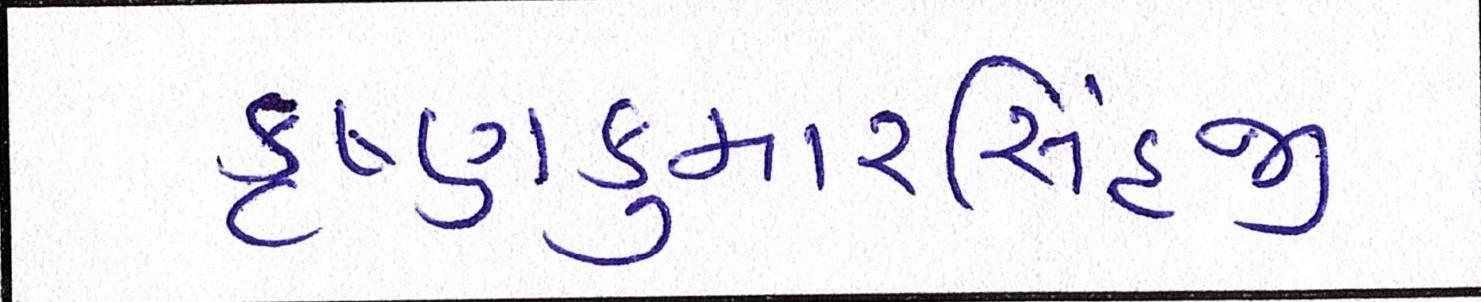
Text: કૃષ્ણકુમારસિંહજી